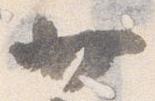
廿